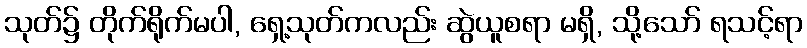
သုတ်၌ တိုက်ရိုက်မပါ, ရှေ့သုတ်ကလည်း ဆွဲယူစရာ မရှိ, သို့သော် ရသင့်ရာ